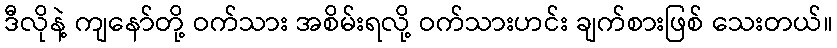
ဒီလိုနဲ့ ကျနော်တို့ ဝက်သား အစိမ်းရလို့ ဝက်သားဟင်း ချက်စားဖြစ် သေးတယ်။